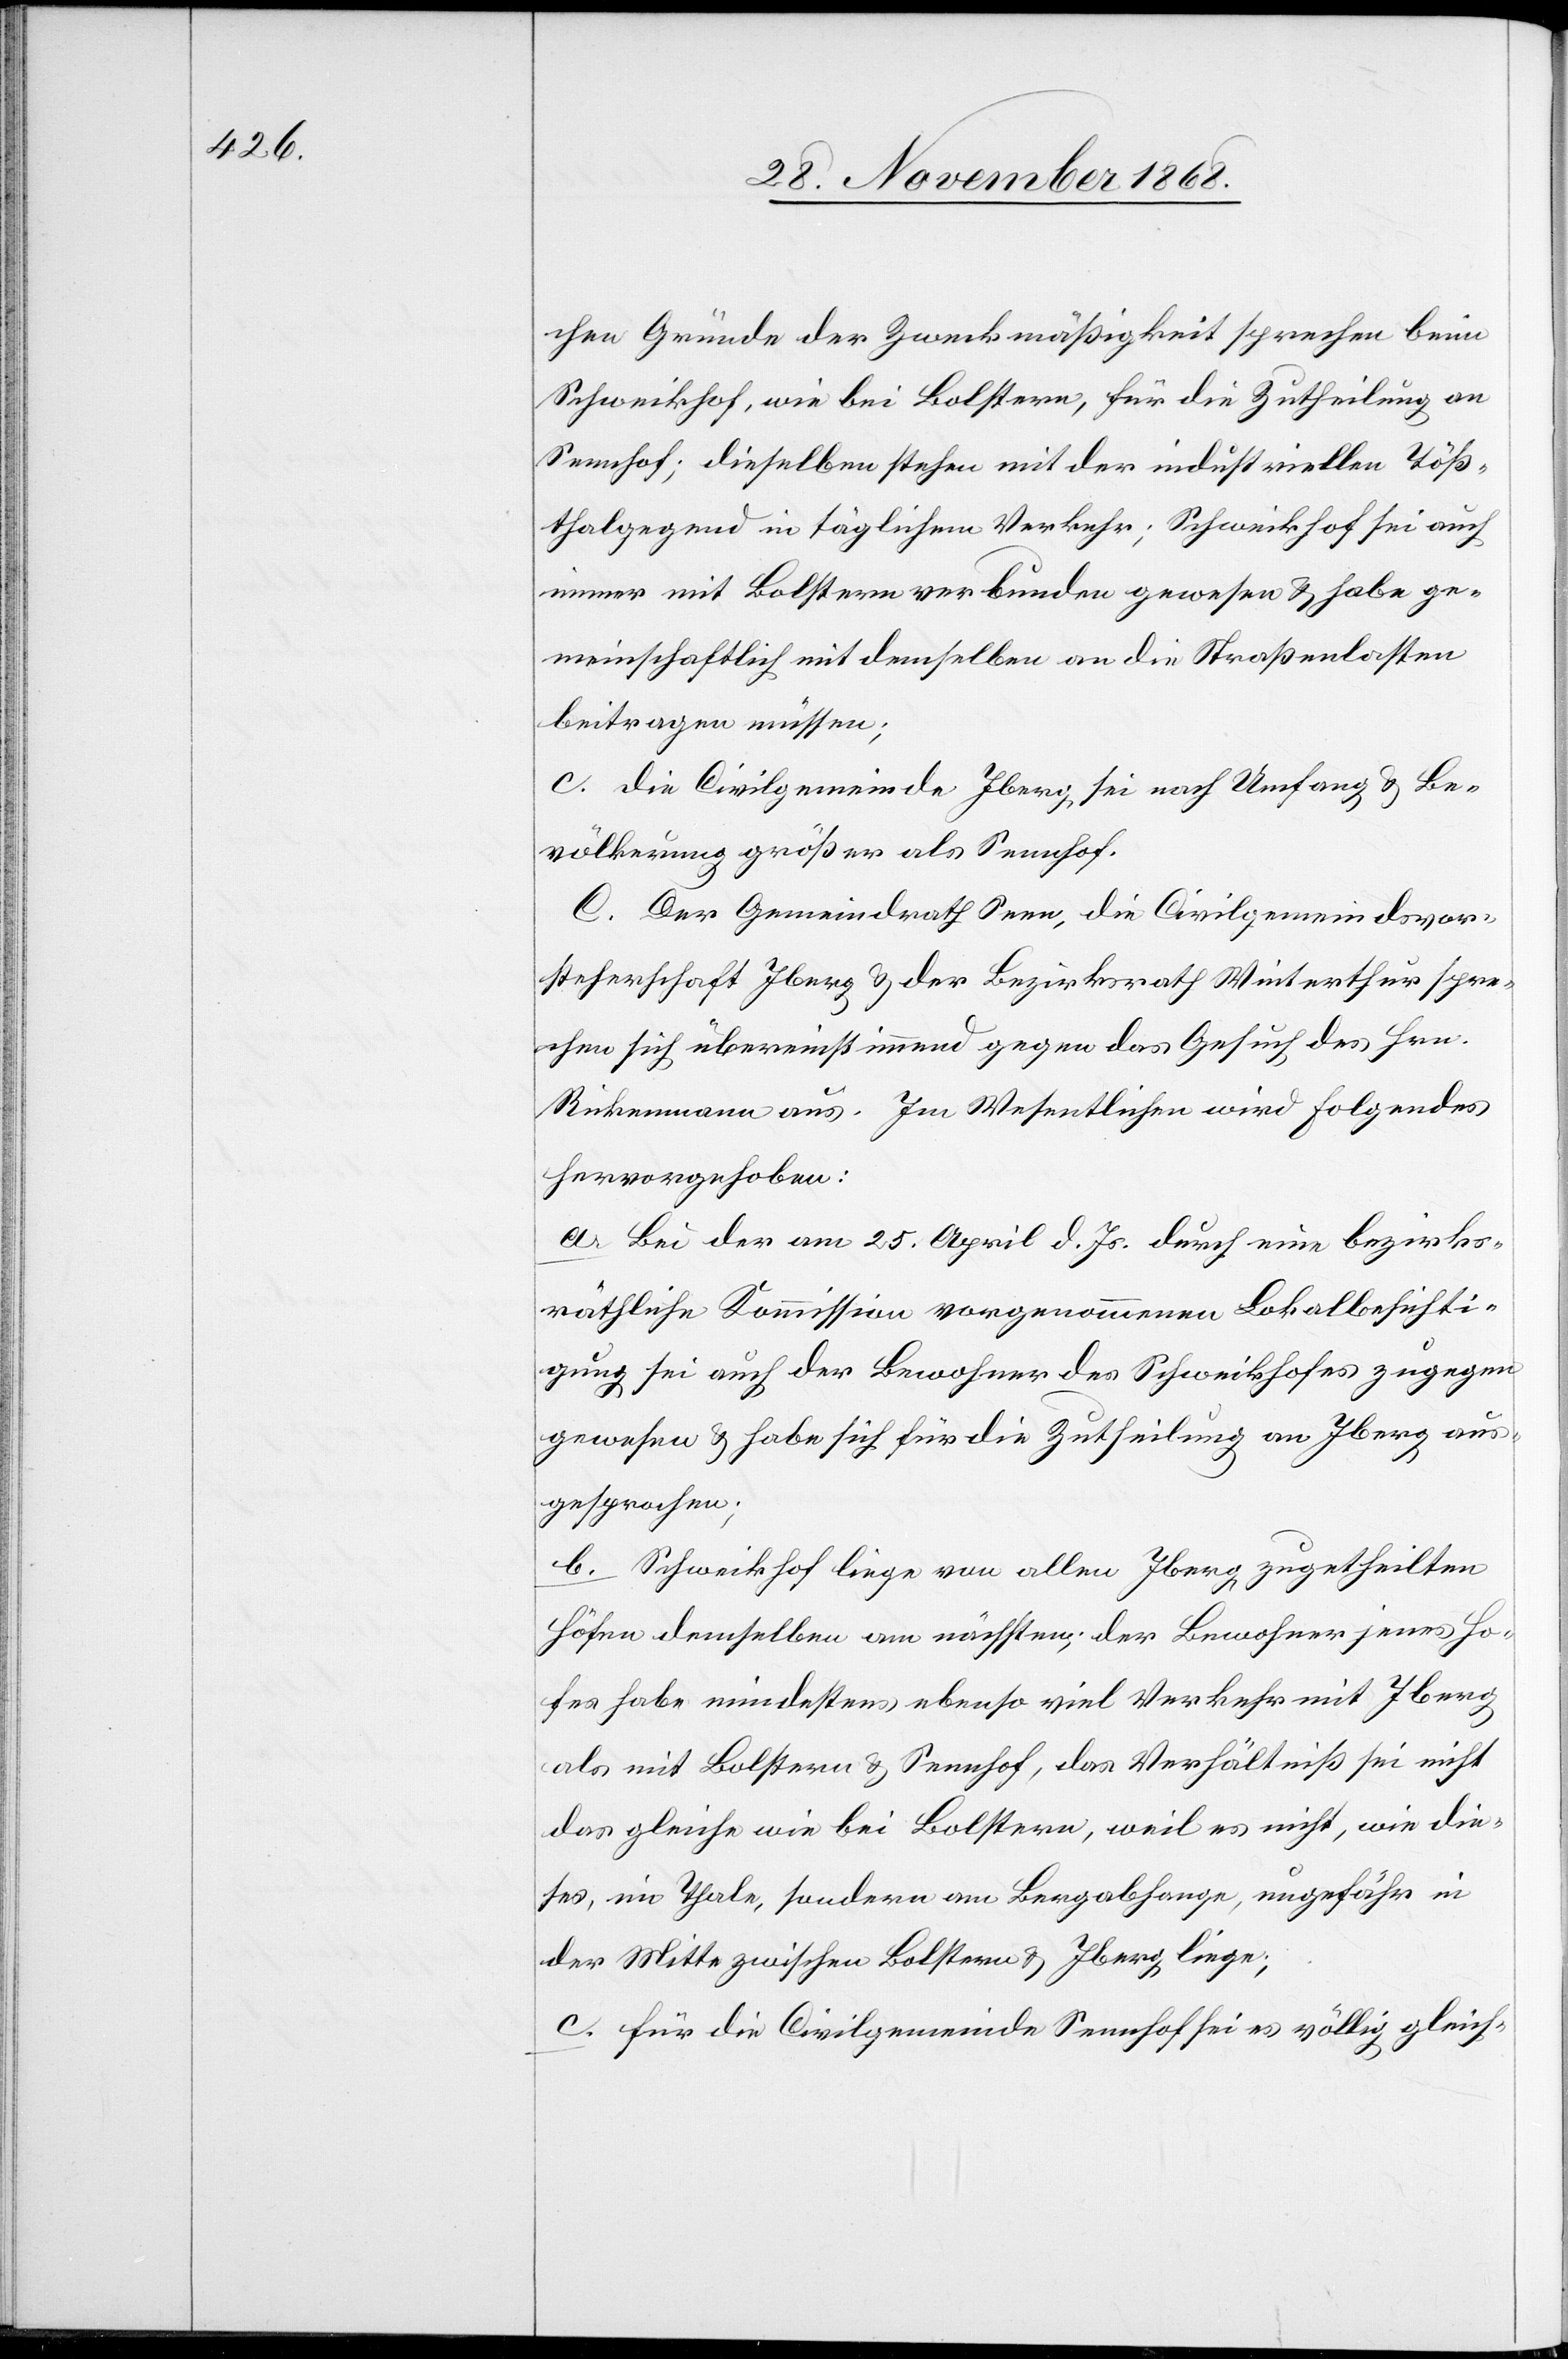
chen Gründe der Zweckmäßigkeit sprechen beim
Schweikhof, wie bei Bolstern, für die Zutheilung an
Sennhof; dieselben stehen mit der industriellen Töß¬
thalgegend in täglichem Verkehr; Schweikhof sei auch
immer mit Bolstern verbunden gewesen & habe ge¬
meinschaftlich mit demselben an die Straßenlasten
beitragen müssen;
c. die Civilgemeinde Iberg sei nach Umfang & Be¬
völkerung größer als Sennhof.
C. Der Gemeindrath Seen, die Civilgemeindsvor¬
steherschaft Iberg & der Bezirksrath Winterthur spre¬
chen sich übereinstimmend gegen das Gesuch des Hrn.
Rickenmann aus. Im Wesentlichen wird Folgendes
hervorgehoben:
a. Bei der am 25. April d. Js. durch eine bezirks¬
räthliche Kommission vorgenommenen Lokalbesichti¬
gung sei auch der Bewohner des Schweikhofes zugegen
gewesen & habe sich für die Zutheilung an Iberg aus¬
gesprochen;
b. Schweikhof liege von allen Iberg zugetheilten
Höfen demselben am nächsten; der Bewohner jenes Ho¬
fes habe mindestens ebenso viel Verkehr mit Iberg
als mit Bolstern & Sennhof, das Verhältniß sei nicht
das gleiche wie bei Bolstern, weil es nicht, wie die¬
ses, im Thale, sondern am Bergabhange, ungefähr in
der Mitte zwischen Bolstern & Iberg liege;
c. für die Civilgemeinde Sennhof sei es völlig gleich-